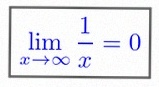
\lim_{x\to\infty}\frac{1}{x}=0